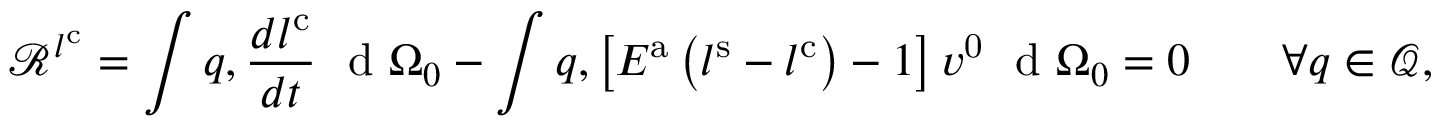
\mathscr { R } ^ { l ^ { \mathrm { { c } } } } = \int q , \frac { d l ^ { \mathrm { c } } } { d t } \ \mathrm { ~ d ~ } { \Omega _ { 0 } } - \int q , \left[ E ^ { \mathrm { a } } \left( l ^ { \mathrm { s } } - l ^ { \mathrm { c } } \right) - 1 \right] v ^ { \mathrm { 0 } } \ \mathrm { ~ d ~ } { \Omega _ { 0 } } = 0 \qquad \forall q \in { \mathcal { Q } } ,